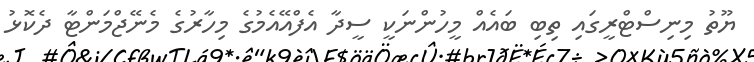
ޔޫތު މިނިސްޓްރީގައި ތިބި ބައެއް މީހުންނަކީ ސީދާ އެފްއޭއެމުގެ މިހާރުގެ މެނޭޖްމަންޓާ ދެކޮޅު